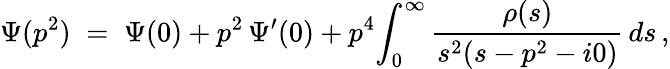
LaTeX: \Psi(p^{2})\; =\; \Psi(0)+p^{2}\, \Psi^{\prime}(0)+p^{4}\! \int_{0}^{\infty}\frac{\rho(s)}{s^{2}(s-p^{2}-i0)}\, ds\, ,